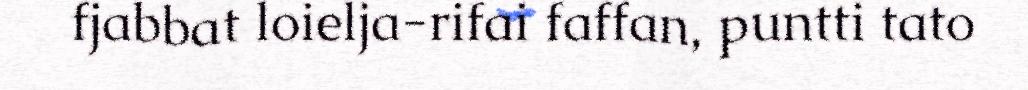
fjabbat loielja-rifai faffan, puntti tato